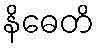
နိဓေတိ